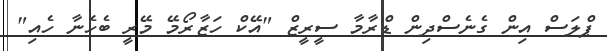
ޕްލަސް އިން ގެނެސްދިން ޑްރާމާ ސީރީޒް "އޭކް ހަޒާރޯމޭ މޭރީ ބެހެނާ ހެއި"